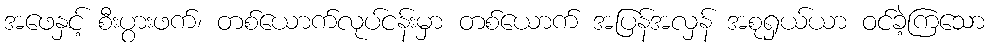
အဖေနှင့် စီးပွားဖက်၊ တစ်ယောက်လုပ်ငန်းမှာ တစ်ယောက် အပြန်အလှန် အစုရှယ်ယာ ဝင်ခဲ့ကြသော